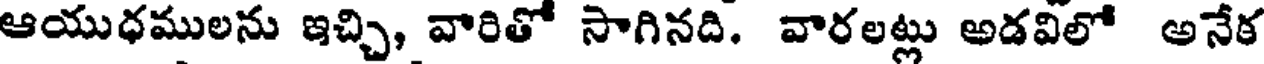
ఆయుధములను ఇచ్చి, వారితో సాగినది. వారలట్లు అడవిలో అనేక